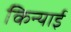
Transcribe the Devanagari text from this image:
किन्याई